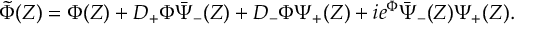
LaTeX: \tilde { \Phi } ( Z ) = \Phi ( Z ) + D _ { + } \Phi \bar { \Psi } _ { - } ( Z ) + D _ { - } \Phi \Psi _ { + } ( Z ) + i e ^ { \Phi } \bar { \Psi } _ { - } ( Z ) \Psi _ { + } ( Z ) .